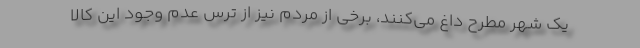
یک شهر مطرح داغ می‌کنند، برخی از مردم نیز از ترس عدم وجود این کالا